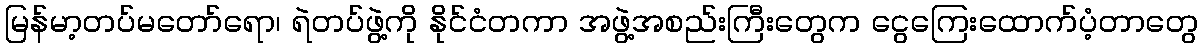
မြန်မာ့တပ်မတော်ရော၊ ရဲတပ်ဖွဲ့ကို နိုင်ငံတကာ အဖွဲ့အစည်းကြီးတွေက ငွေကြေးထောက်ပံ့တာတွေ